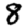
Digit: 8